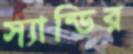
স্যান্ডির